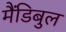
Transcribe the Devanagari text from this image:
मैंडिबुल